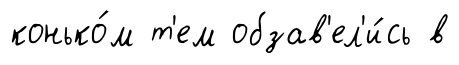
конько́м т'ем обзав'ел'и́сь в